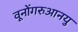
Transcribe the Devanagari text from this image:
वूनोंगरुआनयु